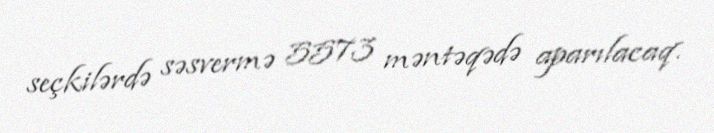
seçkilərdə səsvermə 5573 məntəqədə aparılacaq.